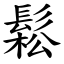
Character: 鬆